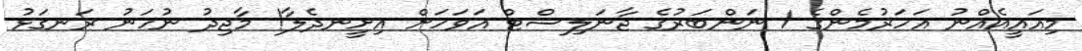
މިއައީއެއްނު އަހަރުމެންގެ 1 ނަންބަރުގެ ޖާނަލިސްޓް އަވަހަށް އިށީނދެލާ! މާޖިދު ނުހަނު ރަނގަޅު